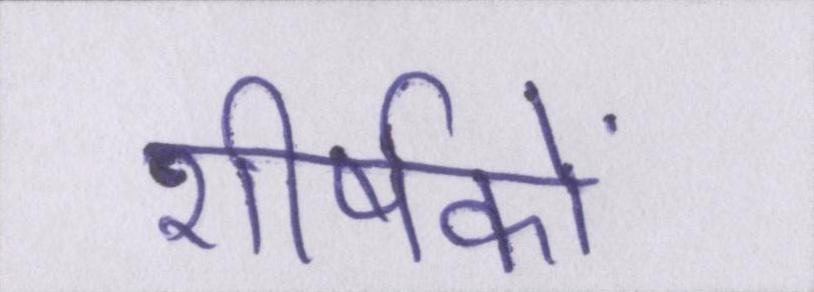
शीर्षकों